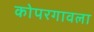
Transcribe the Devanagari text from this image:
कोपरगावला